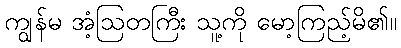
ကျွန်မ အံ့ဩတကြီး သူ့ကို မော့ကြည့်မိ၏။